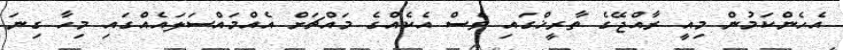
އެހެންކަމުން މިއީ ރާއްޖޭގެ ތާރީޚްގައި ވެސް އެކެއްގެ މައްޗަށް އެއްމައްސަލައެއްގައި މިހާ ގިނަ